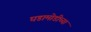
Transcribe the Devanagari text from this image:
घडामोडीच्या